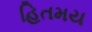
હિતમય